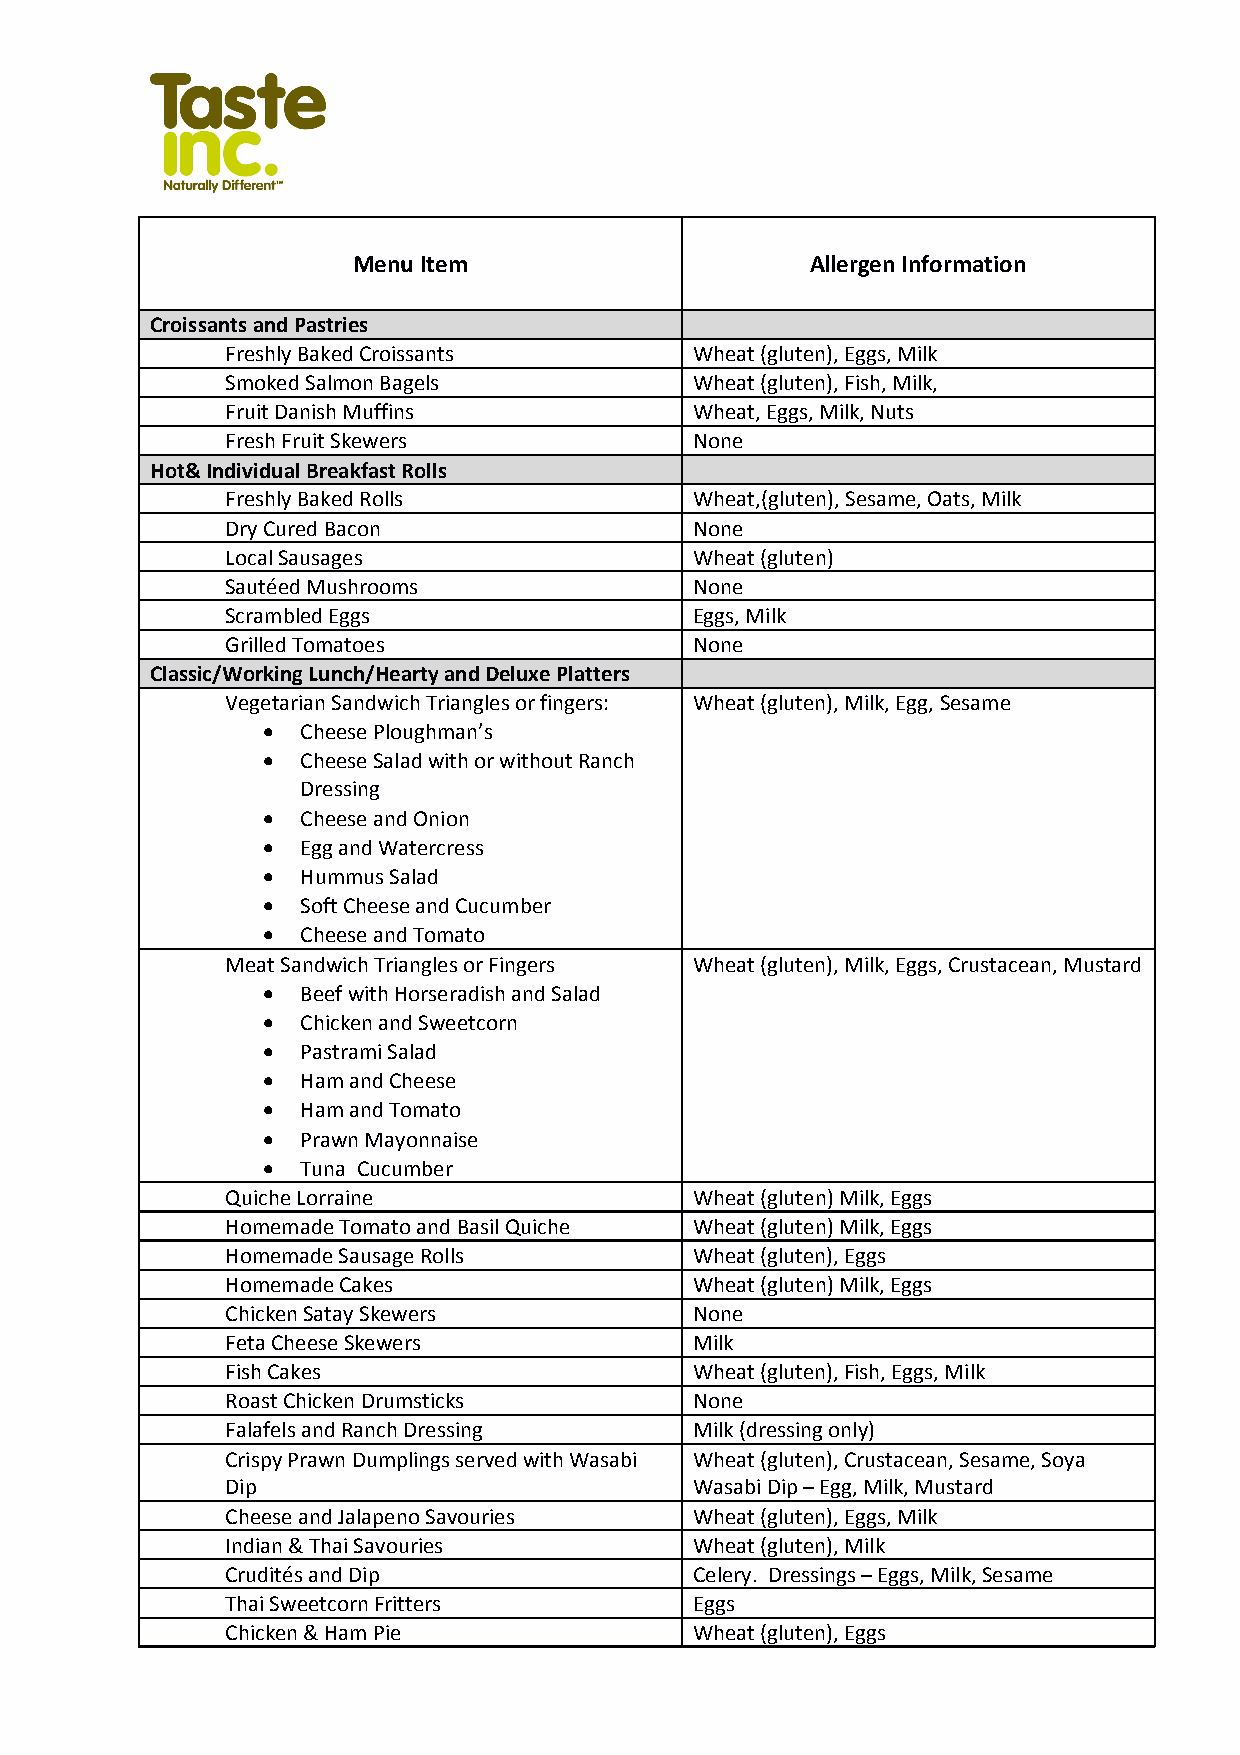
Menu Item                      Allergen Information
 Croissants and Pastries
 Freshly Baked Croissants       Wheat (gluten), Eggs, Milk
 Smoked Salmon Bagels           Wheat (gluten), Fish, Milk,
 Fruit Danish Muffins           Wheat, Eggs, Milk, Nuts
 Fresh Fruit Skewers            None
 Hot& Individual Breakfast Rolls
 Freshly Baked Rolls            Wheat,(gluten), Sesame, Oats, Milk
 Dry Cured Bacon                None
 Local Sausages                 Wheat (gluten)
 Sautéed Mushrooms              None
 Scrambled Eggs                 Eggs, Milk
 Grilled Tomatoes               None
 Classic/Working Lunch/Hearty and Deluxe Platters
 Vegetarian Sandwich Triangles or fingers: Wheat (gluten), Milk, Egg, Sesame
   Cheese Ploughman’s
   Cheese Salad with or without Ranch
 Dressing
   Cheese and Onion
   Egg and Watercress
   Hummus Salad
   Soft Cheese and Cucumber
   Cheese and Tomato
 Meat Sandwich Triangles or Fingers Wheat (gluten), Milk, Eggs, Crustacean, Mustard
   Beef with Horseradish and Salad
   Chicken and Sweetcorn
   Pastrami Salad
   Ham and Cheese
   Ham and Tomato
   Prawn Mayonnaise
   Tuna Cucumber
 Quiche Lorraine                Wheat (gluten) Milk, Eggs
 Homemade Tomato and Basil Quiche Wheat (gluten) Milk, Eggs
 Homemade Sausage Rolls         Wheat (gluten), Eggs
 Homemade Cakes                 Wheat (gluten) Milk, Eggs
 Chicken Satay Skewers          None
 Feta Cheese Skewers            Milk
 Fish Cakes                     Wheat (gluten), Fish, Eggs, Milk
 Roast Chicken Drumsticks       None
 Falafels and Ranch Dressing    Milk (dressing only)
 Crispy Prawn Dumplings served with Wasabi Wheat (gluten), Crustacean, Sesame, Soya
 Dip                            Wasabi Dip – Egg, Milk, Mustard
 Cheese and Jalapeno Savouries  Wheat (gluten), Eggs, Milk
 Indian & Thai Savouries        Wheat (gluten), Milk
 Crudités and Dip               Celery. Dressings – Eggs, Milk, Sesame
 Thai Sweetcorn Fritters        Eggs
 Chicken & Ham Pie              Wheat (gluten), Eggs